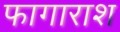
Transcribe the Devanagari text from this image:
फागाराश